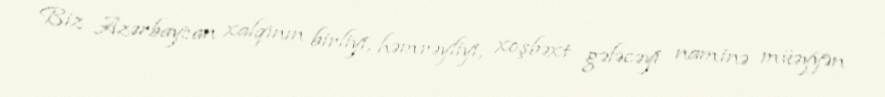
Biz Azərbaycan xalqının birliyi, həmrəyliyi, xoşbəxt gələcəyi naminə müəyyən